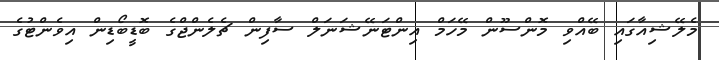
މެލޭޝިއާގައި ބޭއްވި މޮންސޫން މޭހަމް އިންޓަނޭޝަނަލް ސާފިން ޗެލެންޖްގެ ބޮޑީބޯޑިން އިވެންޓުގެ